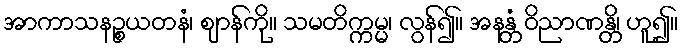
အာကာသနဉ္စယတနံ၊ ဈာန်ကို။ သမတိက္ကမ္မ၊ လွန်၍။ အနန္တံ ဝိညာဏန္တိ၊ ဟူ၍။